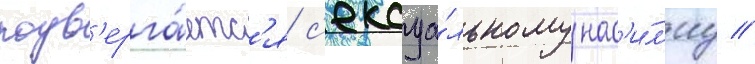
подв'ерга́етс'я с'ексуа́льному нас'и́л'иу //